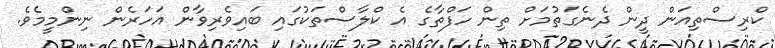
ކްރިސްތިއަން ދީން ދެނެގަތުމަށް ތިން ހަފްތާގެ އެ ކްލާސްތަކުގައި ބައިވެރިވާން އަހަރެން ނިންމީމެވެ.